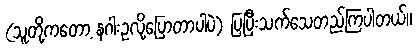
(သူတို့ကတော့ နဂါးဥလို့ပြောတာပါပဲ) ပြပြီးသက်သေတည်ကြပါတယ်။